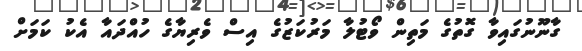
ގާނޫނުގައިވާ ގޮތުގެ މަތިން ވޯޓުލާ މަރުކަޒުގެ އިސް ވެރިޔާގެ ހުއްދައާ އެކު ކަމަށް